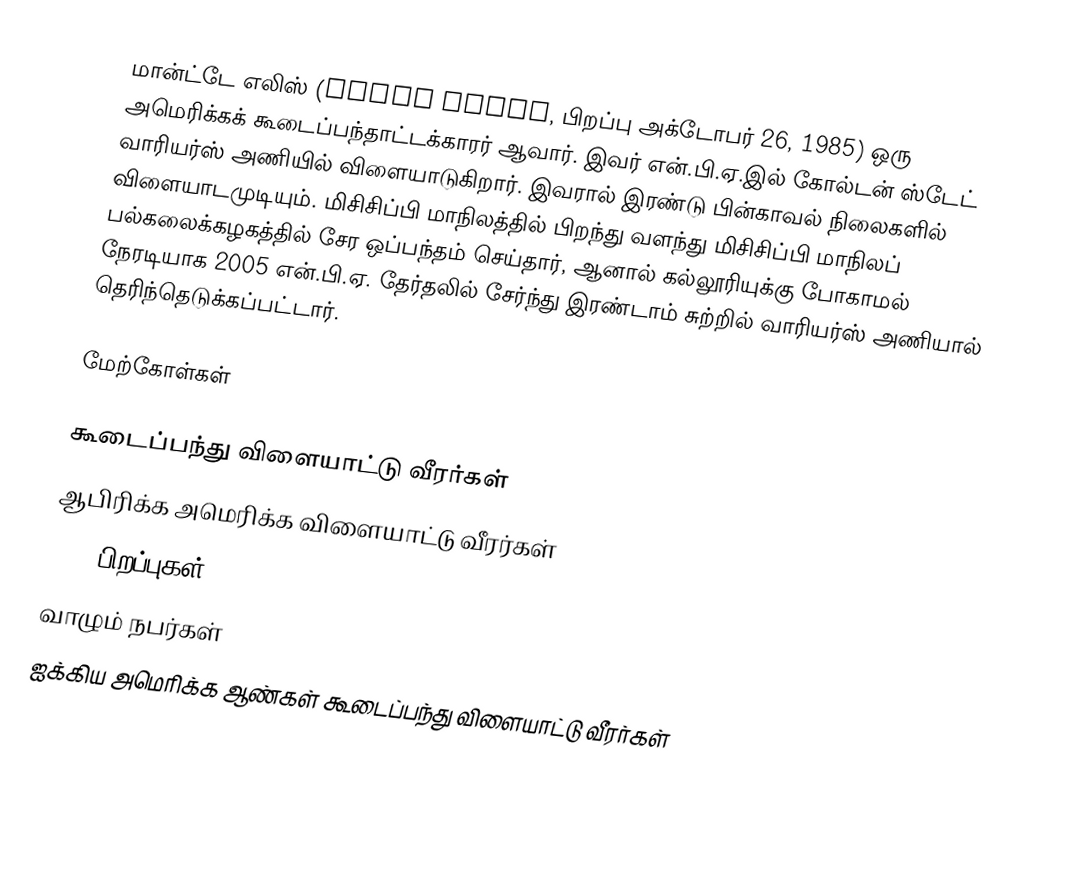
மான்ட்டே எலிஸ் (Monta Ellis, பிறப்பு அக்டோபர் 26, 1985) ஒரு அமெரிக்கக் கூடைப்பந்தாட்டக்காரர் ஆவார். இவர் என்.பி.ஏ.இல் கோல்டன் ஸ்டேட் வாரியர்ஸ் அணியில் விளையாடுகிறார். இவரால் இரண்டு பின்காவல் நிலைகளில் விளையாடமுடியும். மிசிசிப்பி மாநிலத்தில் பிறந்து வளந்து மிசிசிப்பி மாநிலப் பல்கலைக்கழகத்தில் சேர ஒப்பந்தம் செய்தார், ஆனால் கல்லூரியுக்கு போகாமல் நேரடியாக 2005 என்.பி.ஏ. தேர்தலில் சேர்ந்து இரண்டாம் சுற்றில் வாரியர்ஸ் அணியால் தெரிந்தெடுக்கப்பட்டார்.

மேற்கோள்கள்

கூடைப்பந்து விளையாட்டு வீரர்கள்
ஆபிரிக்க அமெரிக்க விளையாட்டு வீரர்கள்
1985 பிறப்புகள்
வாழும் நபர்கள்
ஐக்கிய அமெரிக்க ஆண்கள் கூடைப்பந்து விளையாட்டு வீரர்கள்